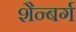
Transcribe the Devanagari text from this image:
शैन्बर्ग